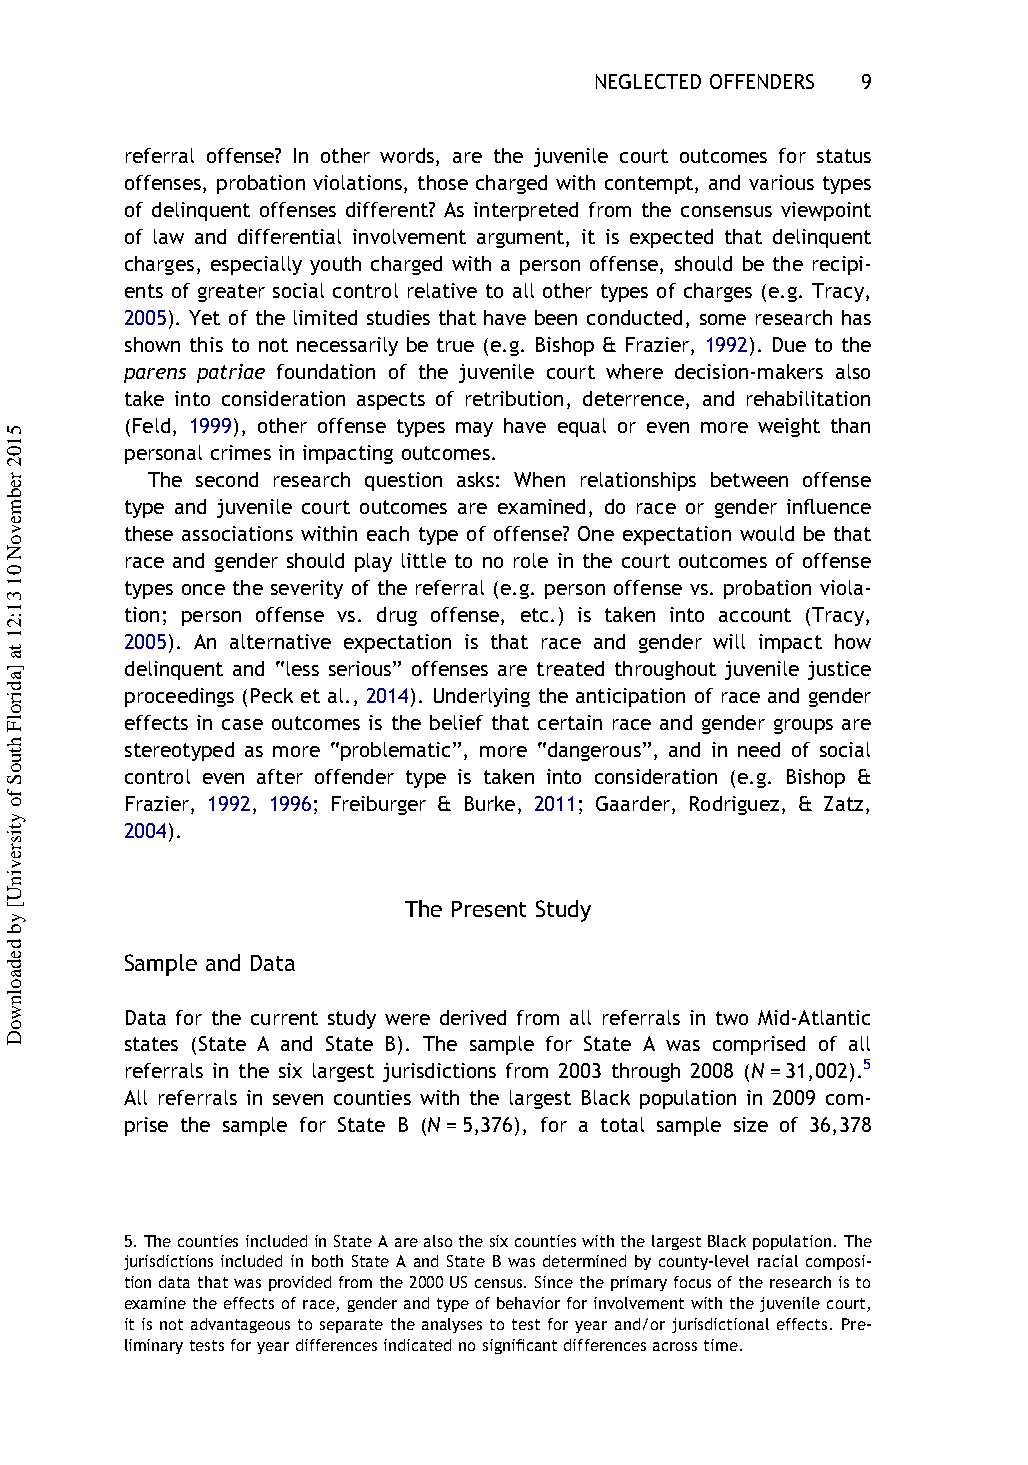
NEGLECTED OFFENDERS 9
 referral offense? In other words, are the juvenile court outcomes for status
 offenses, probation violations, those charged with contempt, and various types
 of delinquent offenses different? As interpreted from the consensus viewpoint
 of law and differential involvement argument, it is expected that delinquent
 charges, especially youth charged with a person offense, should be the recipi-
 ents of greater social control relative to all other types of charges (e.g. Tracy,
 2005). Yet of the limited studies that have been conducted, some research has
 shown this to not necessarily be true (e.g. Bishop & Frazier, 1992). Due to the
 parens patriae foundation of the juvenile court where decision-makers also
 take into consideration aspects of retribution, deterrence, and rehabilitation
 (Feld, 1999), other offense types may have equal or even more weight than
 personal crimes in impacting outcomes.
 The second research question asks: When relationships between offense
 type and juvenile court outcomes are examined, do race or gender influence
 these associations within each type of offense? One expectation would be that
 race and gender should play little to no role in the court outcomes of offense
 types once the severity of the referral (e.g. person offense vs. probation viola-
 tion; person offense vs. drug offense, etc.) is taken into account (Tracy,
 2005). An alternative expectation is that race and gender will impact how
 delinquent and “less serious” offenses are treated throughout juvenile justice
 proceedings (Peck et al., 2014). Underlying the anticipation of race and gender
 effects in case outcomes is the belief that certain race and gender groups are
 stereotyped as more “problematic”, more “dangerous”, and in need of social
 control even after offender type is taken into consideration (e.g. Bishop &
 Frazier, 1992, 1996; Freiburger & Burke, 2011; Gaarder, Rodriguez, & Zatz,
 2004).
 The Present Study
 Sample and Data
 Data for the current study were derived from all referrals in two Mid-Atlantic
 states (State A and State B). The sample for State A was comprised of all
 referrals in the six largest jurisdictions from 2003 through 2008 (N=31,002).5
 All referrals in seven counties with the largest Black population in 2009 com-
 prise the sample for State B (N=5,376), for a total sample size of 36,378
 5.ThecountiesincludedinStateAarealsothesixcountieswiththelargestBlackpopulation.The
 jurisdictions included in both State A and State B was determined by county-level racial composi-
 tiondatathatwasprovidedfromthe2000UScensus.Sincetheprimaryfocusoftheresearchisto
 examinetheeffectsofrace,genderandtypeofbehaviorforinvolvementwiththejuvenilecourt,
 it is not advantageous to separate the analyses to test for year and/or jurisdictional effects. Pre-
 liminarytestsforyeardifferencesindicatednosignificantdifferencesacrosstime.
 5102
 rebmevoN
 01
 31:21
 ta
 ]adirolF
 htuoS
 fo
 ytisrevinU[
 yb
 dedaolnwoD